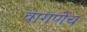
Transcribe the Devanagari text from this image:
वागणेच